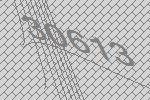
30613